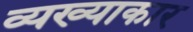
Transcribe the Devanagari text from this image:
व्यख्याकार